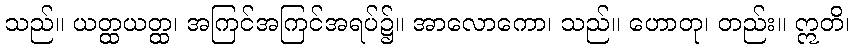
သည်။ ယတ္ထယတ္ထ၊ အကြင်အကြင်အရပ်၌။ အာလောကော၊ သည်။ ဟောတု၊ တည်း။ ဣတိ၊